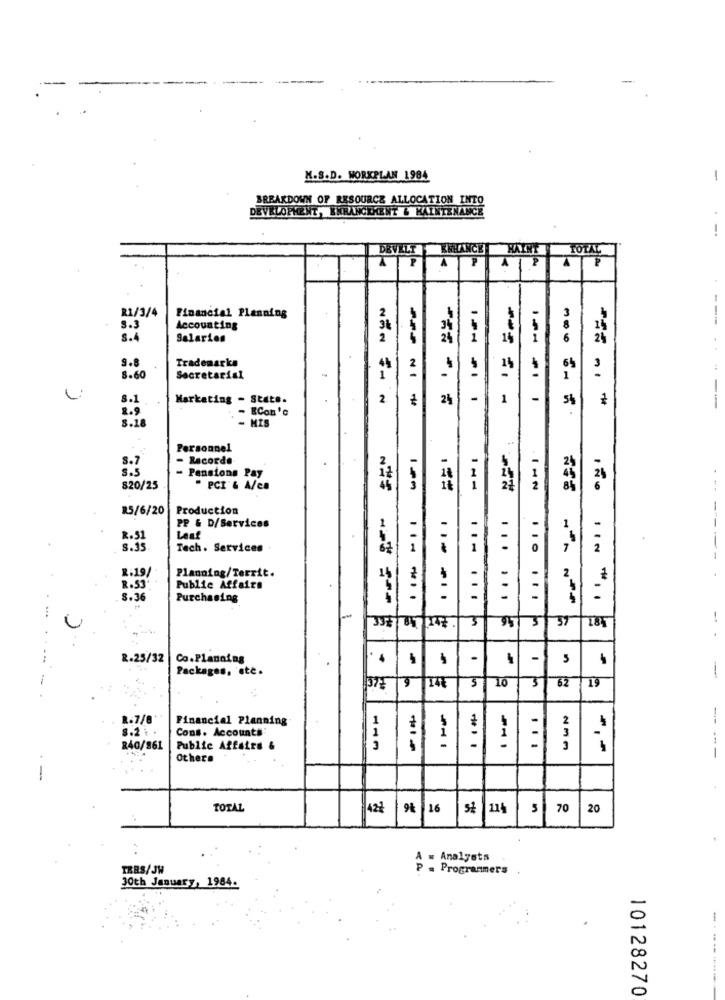
K.S.D. WORKPLAN 1984
-
BREAKDOWN OF RESOURCE ALLOCATION INTO
DEVELOPMENT, ENRANGEMENT & MAINTENANCE
-
DEVILT | KRHANCE MAINT TOTAL
..
AP A PAP
1ª
R1/3/4
--
Financial Planning
S.3
Accounting
34
8.4
Salaries
2
24
14
2
9.8
Trademarka
65
44
8.60
Secretarial
1
8.1
Marketing - State.
2.
NON SAN
2%
1
-
5%
---
8.9
- ECon 's
-- --
1 .....
8.18
HIS
Personnel
- Recorde
- Pensions Pay
820/25
" PCI & A/ca
1pm
8%
6
R5/6/20
Production
-
1
PP & D/Services
1
1
R. 51
Lene
1
8.35
Tech. Services
62
2
Planning/Territ.
2
R.19/
14
R.53
Public Affairs
8.36
Purchasing
---..
... ...
... ...
...
... ....
97 5
37
-
.
R.25/32
Co.Planning
-
-
5
Packages, etc.
1
5
62
1371
9|14
3
19
1.7/8
Financial Planning
2
8.2.
Cons. Accounts
1
3
1
i
-
840/961
Public Affairs &
---
---
Others
TOTAL
422
9% 16
5 114
5 70
20
A = Analysts
TERS/JW
. Programmers
30th January, 1984.
-
10128270